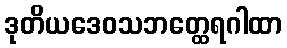
ဒုတိယဒေဝသဘတ္ထေရဂါထာ